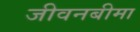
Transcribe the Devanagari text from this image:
जीवनबीमा